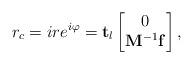
LaTeX: \begin{align*}r_{c}=ire^{i\varphi}= \mathbf{t}_l\begin{bmatrix}0\\\mathbf{M}^{-1}\mathbf{f}\end{bmatrix},\end{align*}